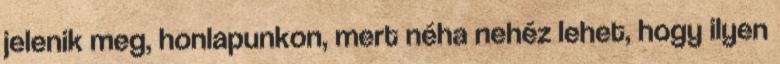
jelenik meg, honlapunkon, mert néha nehéz lehet, hogy ilyen